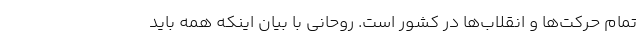
تمام حرکت‌ها و انقلاب‌ها در کشور است. روحانی با بیان اینکه همه باید